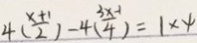
4 ( \frac { x + 1 } { 2 } ) - 4 ( \frac { 3 x - 1 } { 4 } ) = 1 \times 4